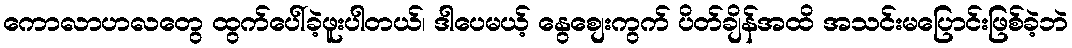
ကောလာဟလတွေ ထွက်ပေါ်ခဲ့ဖူးပါတယ်၊ ဒါပေမယ့် နွေစျေးကွက် ပိတ်ချိန်အထိ အသင်းမပြောင်းဖြစ်ခဲ့ဘဲ